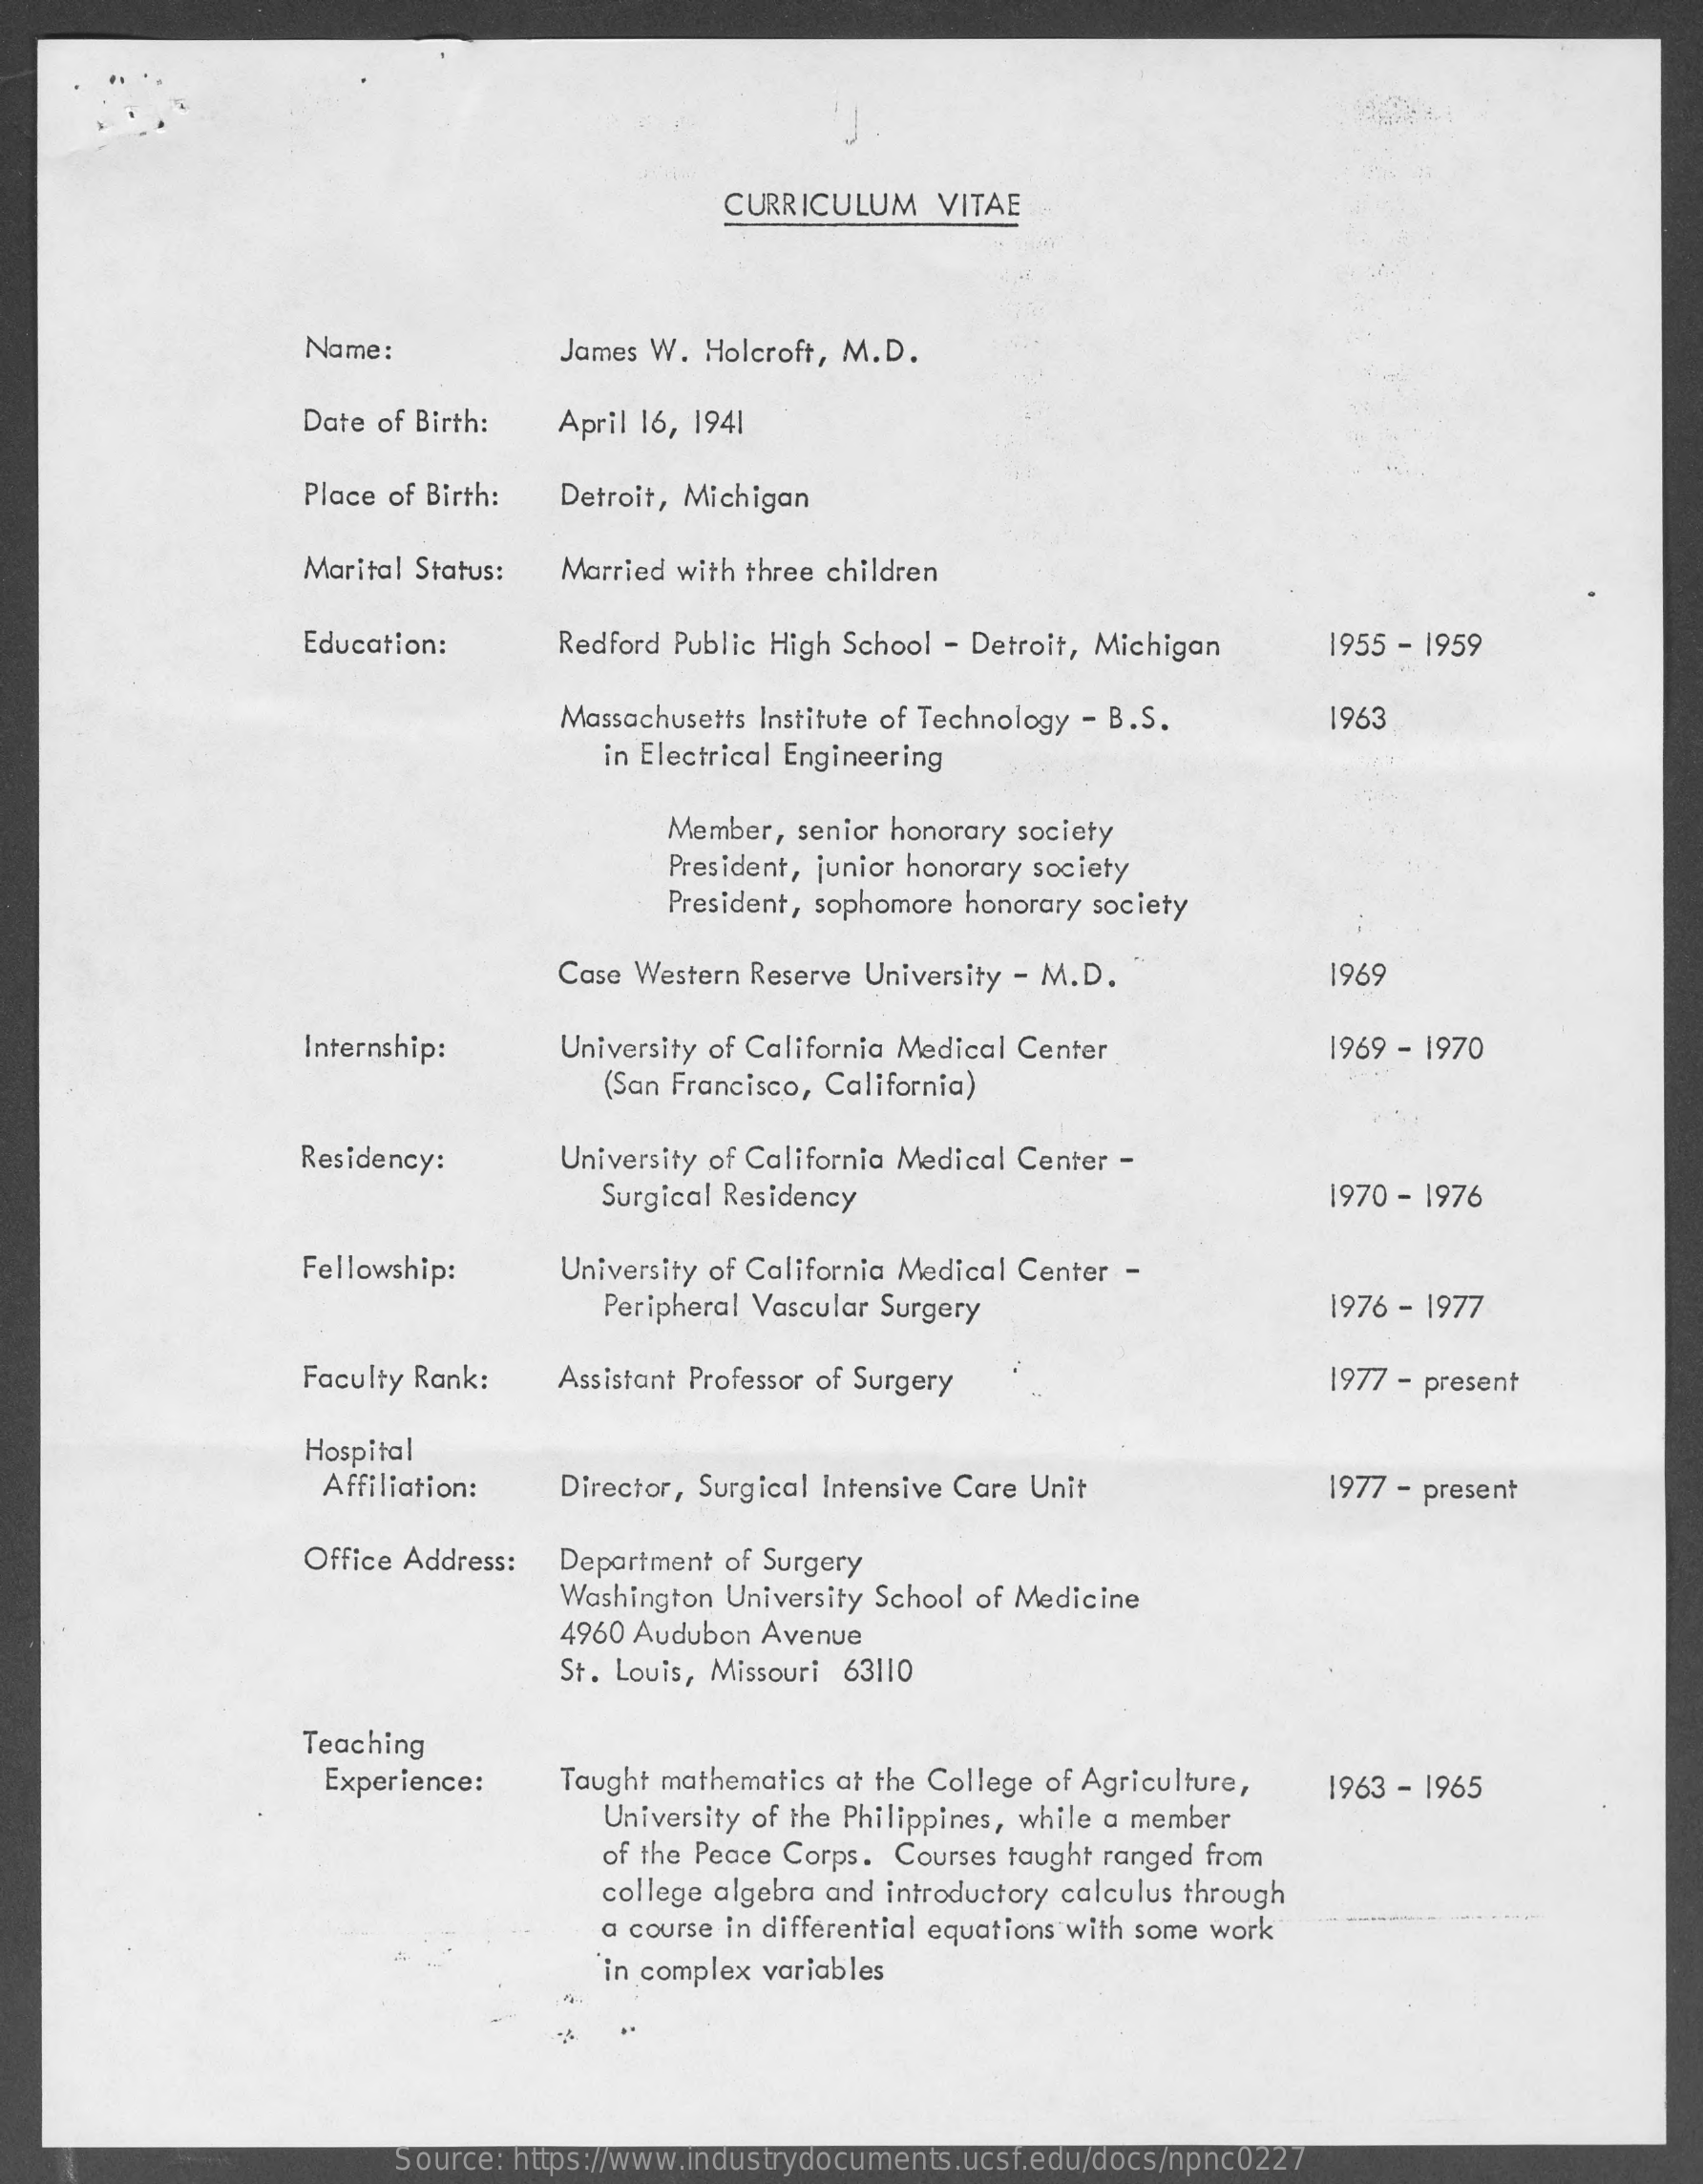
CURRICULUM    VITAE
     Name:    James W. Holcroft, M.D.
     Date of Birth:  April 16, 1941
     Place of Birth:  Detroit, Michigan
     Marital Status: Married with three children
     Education:    Redford Public High School - Detroit, Michigan    1955 - 1959
     Massachusetts Institute of Technology - B.S.    1963
     in Electrical Engineering
     Member,  senior honorary society
     President, junior honorary society
     President, sophomore honorary society
     Case Western Reserve University - M.D.    1969
     Internship:    University of California Medical Center    1969 - 1970
     (San Francisco, California)
     Residency:    University of California Medical Center -
     Surgical Residency    1970 - 1976
     Fellowship:    University of California Medical Center -
     Peripheral Vascular Surgery    1976 - 1977
     Faculty Rank:   Assistant Professor of Surgery    1977 - present
     Hospital
     Affiliation:   Director, Surgical Intensive Care Unit    1977 - present
     Office Address:  Department of Surgery
     Washington University School of Medicine
     4960 Audubon Avenue
     St. Louis, Missouri 63110
     Teaching
     Experience:    Taught mathematics at the College of Agriculture,
     University of the Philippines, while a member
     1963 - 1965
     of the Peace Corps. Courses taught ranged from
     college algebra and introductory calculus through
     a course in differential equations with some work
     in complex variables
     Source: https://www.industrydocuments.ucsf.edu/docs/npnc0227